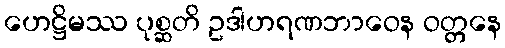
ဟေဋ္ဌိမဿ ပုစ္ဆတိ ဥဒါဟရဏဘာဝေန ဝတ္တနေ